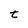
Character: t